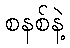
စနစ်နဲ့